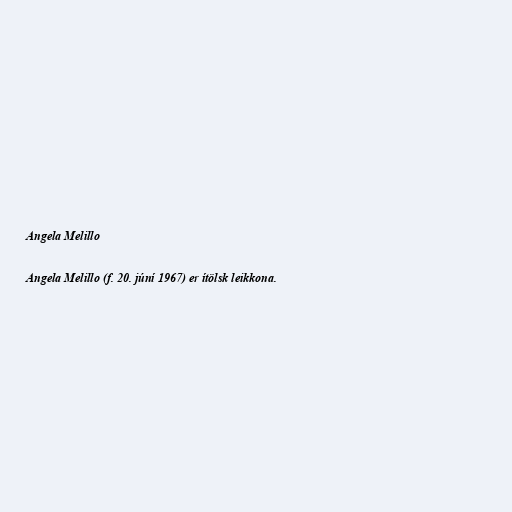
Angela Melillo

Angela Melillo (f. 20. júní 1967) er ítölsk leikkona.